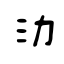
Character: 泑